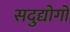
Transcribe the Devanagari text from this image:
सदुद्योगों